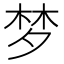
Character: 梦